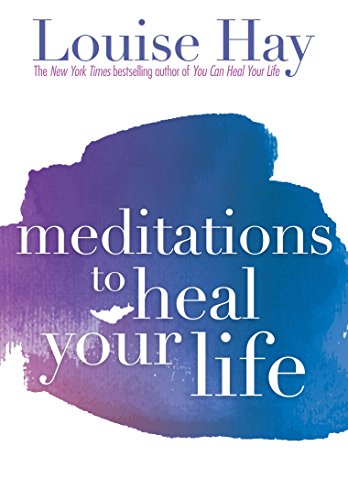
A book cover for Meditations to Heal Your Life; Louise L. Hay; Religion & Spirituality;